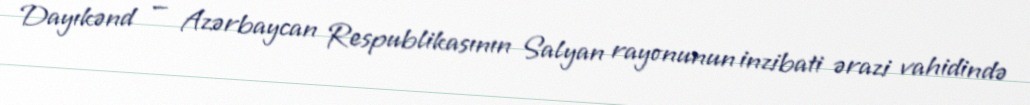
Dayıkənd — Azərbaycan Respublikasının Salyan rayonunun inzibati ərazi vahidində